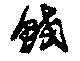
鮫